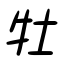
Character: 牡